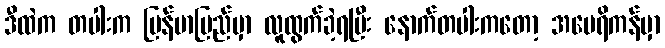
ဒီထဲက တပါးက မြန်မာပြည်မှာ လူထွက်ခဲ့ရပြီး နောက်တပါးကတော့ အမေရိကန်မှာ